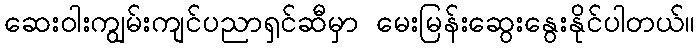
ဆေးဝါးကျွမ်းကျင်ပညာရှင်ဆီမှာ မေးမြန်းဆွေးနွေးနိုင်ပါတယ်။